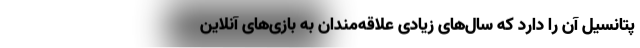
پتانسیل آن را دارد که سال‌های زیادی علاقه‌مندان به بازی‌های آنلاین